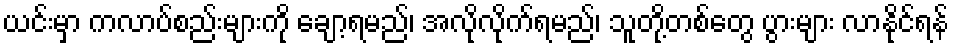
ယင်းမှာ ကလာပ်စည်းများကို ချော့ရမည်၊ အလိုလိုက်ရမည်၊ သူတို့တစ်တွေ ပွားများ လာနိုင်ရန်